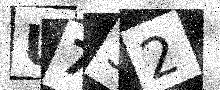
Text: U732